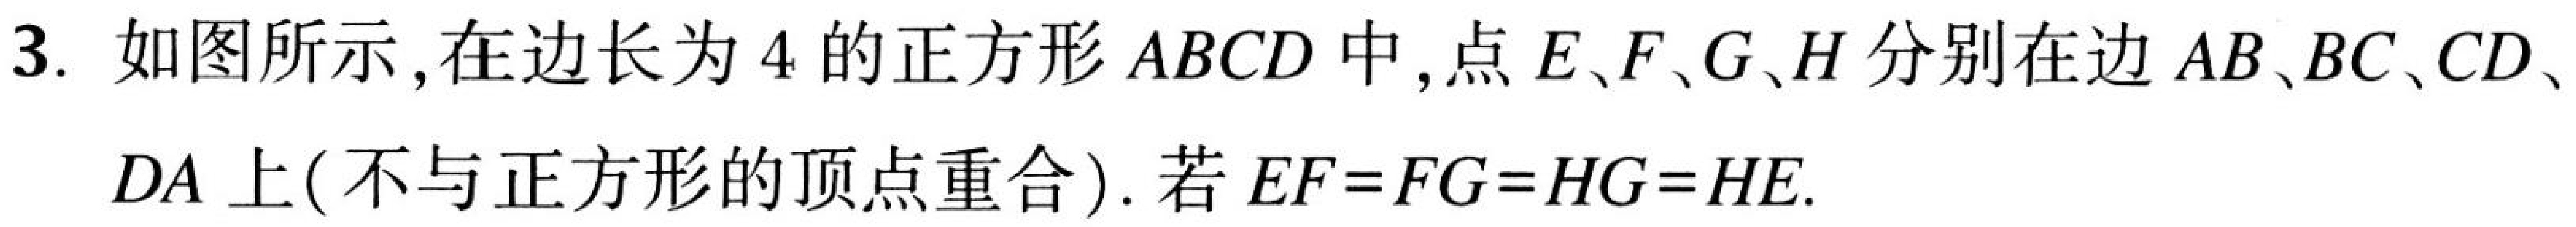
3. 如图所示,在边长为4的正方形 \(ABCD\) 中,点 \(E、F、G、H\) 分别在边 \(AB、BC、CD、\)
\(DA\) 上(不与正方形的顶点重合).若 \(EF = FG=HG = HE\).